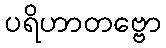
ပရိဟာတဗ္ဗော